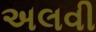
અલવી